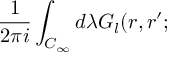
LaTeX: { \frac { 1 } { 2 \pi i } } \int _ { C _ { \infty } } d \lambda { \cal { G } } _ { l } ( r , r ^ { \prime } ;